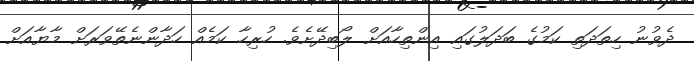
ދެވުނު ހިތަދަތި ކަމުގެ ބަދަލުގައި އިންތިހާއަށް ލޯބިދޭށެވެ. ހުރިހާ ކަމެއް ހަދާންނެތޭވަރަށް މާޔާއަށް